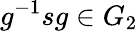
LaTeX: g^{-1}sg\in G_{2}